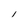
Character: I